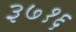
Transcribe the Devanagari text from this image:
३७१६